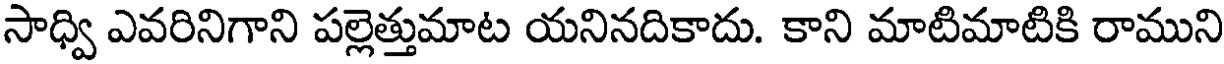
సాధ్వి ఎవరినిగాని పల్లెత్తుమాట యనినదికాదు. కాని మాటిమాటికి రాముని